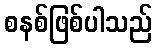
စနစ်ဖြစ်ပါသည်